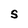
Character: S